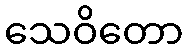
သေဝိတော